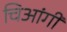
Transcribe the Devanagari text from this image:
चिआंगी